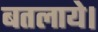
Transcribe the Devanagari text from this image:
बतलाये।